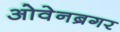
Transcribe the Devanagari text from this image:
ओवेनब्रगर